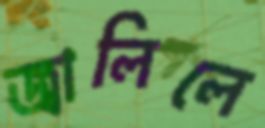
জ্বালিলে